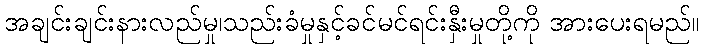
အချင်းချင်းနားလည်မှု၊သည်းခံမှုနှင့်ခင်မင်ရင်းနှီးမှုတို့ကို အားပေးရမည်။